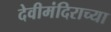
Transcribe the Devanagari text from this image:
देवीमंदिराच्या